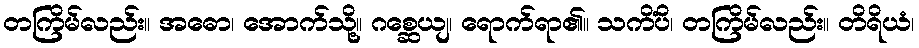
တကြိမ်လည်း။ အဓော၊ အောက်သို့။ ဂစ္ဆေယျ၊ ရောက်ရာ၏။ သကိံပိ၊ တကြိမ်လည်း။ တိရိယံ၊